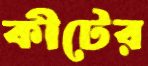
কীটের